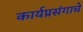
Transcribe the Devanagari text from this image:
कार्यप्रसंगाचे